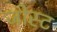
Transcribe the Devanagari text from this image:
जोस्ट